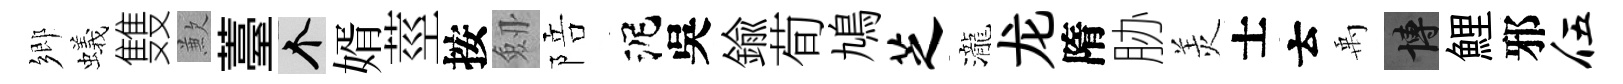
鄉蟻䨇歉薹个婿莖按劔陪泥吳鍮荀鳩芝瀧龙隋胁羙士云禹博鯉邪伍